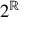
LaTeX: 2 ^ { \mathbb { R } }